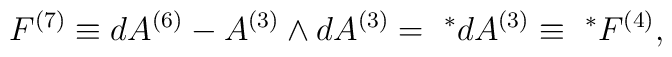
F^{(7)}\equiv dA^{(6)}-A^{(3)}\wedge dA^{(3)}={~}^*dA^{(3)}\equiv {~}^*F^{(4)},